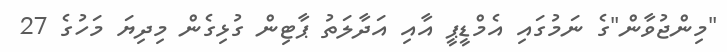
"މިންޖުވާން"ގެ ނަމުގައި އެމްޑީޕީ އާއި އަދާލަތު ޕާޓިން ގުޅިގެން މިދިޔަ މަހުގެ 27